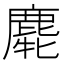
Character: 𪊯